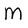
Character: M